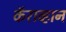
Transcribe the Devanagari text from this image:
कॅराव्हान